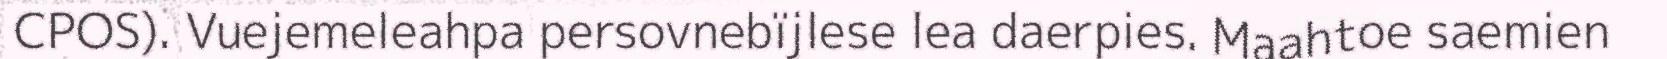
CPOS). Vuejemeleahpa persovnebïjlese lea daerpies. Maahtoe saemien